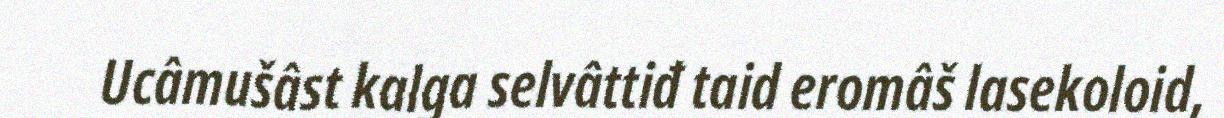
Ucâmušâst kalga selvâttiđ taid eromâš lasekoloid,